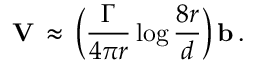
{ \mathbf V } \, \approx \, \biggl ( \frac { \Gamma } { 4 \pi r } \log \frac { 8 r } { d } \biggr ) \, { \mathbf b } \, .